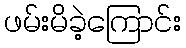
ဖမ်းမိခဲ့ကြောင်း